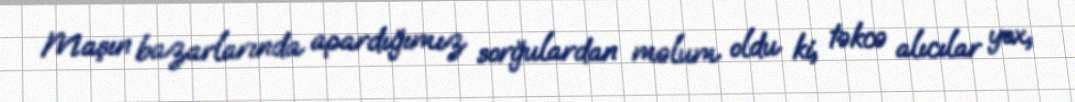
Maşın bazarlarında apardığımız sorğulardan məlum oldu ki, təkcə alıcılar yox,